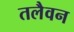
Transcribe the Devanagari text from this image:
तलैवन